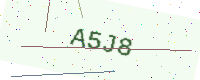
Text: A5J8